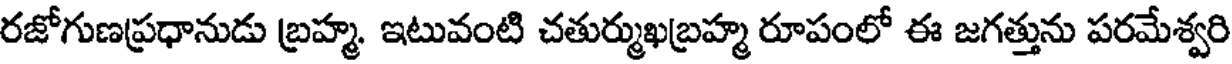
రజోగుణప్రధానుడు బ్రహ్మ. ఇటువంటి చతుర్ముఖబ్రహ్మ రూపంలో ఈ జగత్తును పరమేశ్వరి